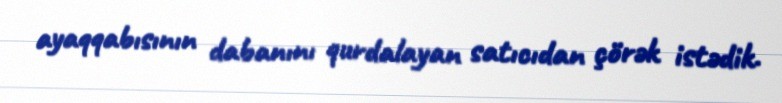
ayaqqabısının dabanını qurdalayan satıcıdan çörək istədik.